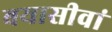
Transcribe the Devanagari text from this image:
बयासीवां